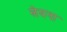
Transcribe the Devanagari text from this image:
लेयना